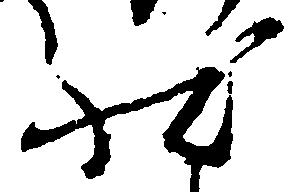
状